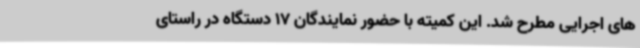
های اجرایی مطرح شد. این کمیته با حضور نمایندگان 17 دستگاه در راستای